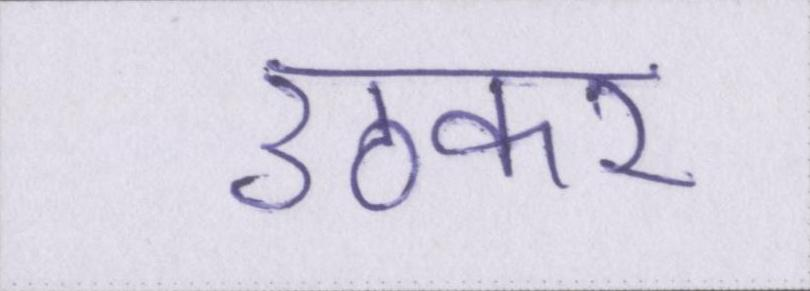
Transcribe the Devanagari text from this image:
उठकर